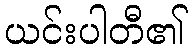
ယင်းပါတီ၏